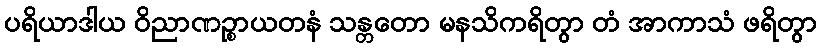
ပရိယာဒါယ ဝိညာဏဉ္စာယတနံ သန္တတော မနသိကရိတွာ တံ အာကာသံ ဖရိတွာ